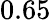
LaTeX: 0.65